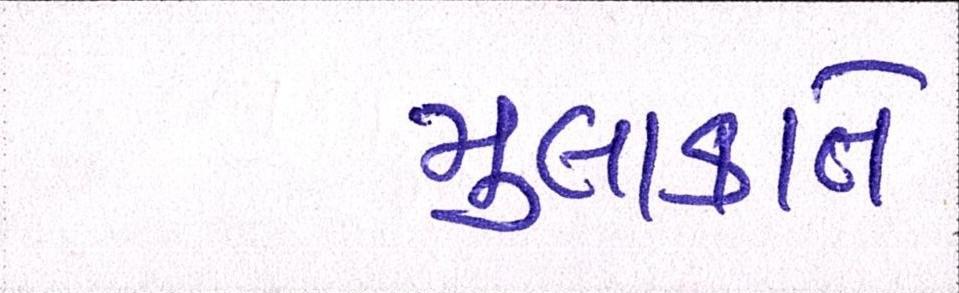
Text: મુલાકાતે